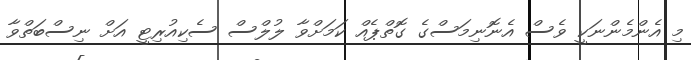
މި އެންމެންނަކީ ވެސް އެނޮނިމަސްގެ ގޮތްޕެއް ކަމަށްވާ ލުލްސް ސެކިއުރިޓީ އަށް ނިސްބަތްވާ